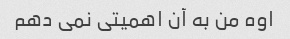
اوه من به آن اهمیتی نمی دهم